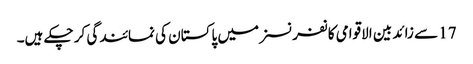
17 سے زائد بین الاقوامی کانفرنسزمیں پاکستان کی نمائندگی کر چکے ہیں۔